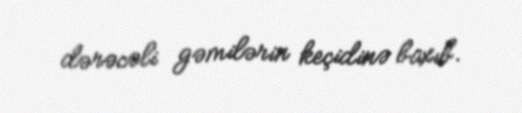
dərəcəli gəmilərin keçidinə baxıb.